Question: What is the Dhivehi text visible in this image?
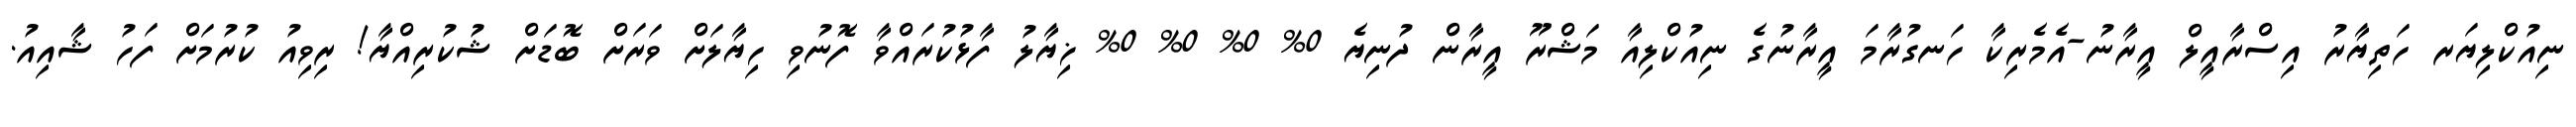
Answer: ނިއުކްލިޔަރ ހަތިޔާރު އިސްރާއީލް އީރާނު-އެމެރިކާ ހަނގުރާމަ އީރާނުގެ ނިއުކްލިއާ މަޝްރޫ އީރާން ދުނިޔެ 0% 0% 0% 0% ޚިޔާލު ފާޅުކުރައްވާ ފޮނުވި ހިޔާލަށް ވަރަށް ބޮޑަށް ޝުކުރިއްޔާ! ރިވިއު ކުރުމަށް ފަހު ޝާއިއު.